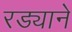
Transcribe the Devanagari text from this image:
रड्याने